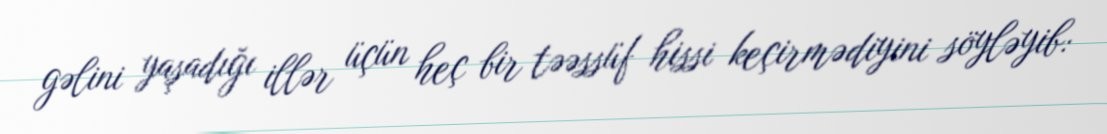
gəlini yaşadığı illər üçün heç bir təəssüf hissi keçirmədiyini söyləyib: